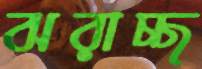
ঝরাচ্ছ